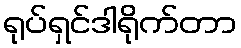
ရုပ်ရှင်ဒါရိုက်တာ